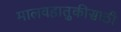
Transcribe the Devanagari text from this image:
मालवहातुकीसाठी